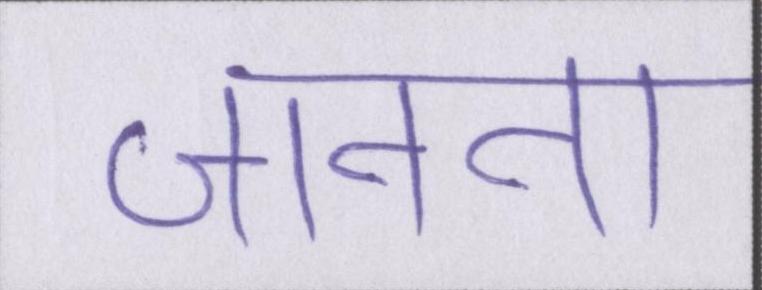
जानना